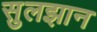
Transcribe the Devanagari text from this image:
सुलझान